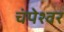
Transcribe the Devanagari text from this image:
चंपेश्वर